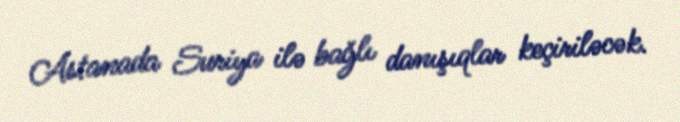
Astanada Suriya ilə bağlı danışıqlar keçiriləcək.